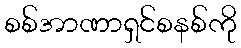
စစ်အာဏာရှင်စနစ်ကို